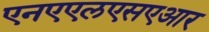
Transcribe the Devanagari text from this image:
एनएएलएसएआर